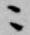
ニ